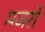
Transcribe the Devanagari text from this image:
मजरो